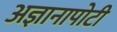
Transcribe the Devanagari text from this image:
अज्ञानापोटी